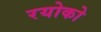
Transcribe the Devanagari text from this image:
रयोको